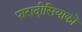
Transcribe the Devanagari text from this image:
पारादीसियाको